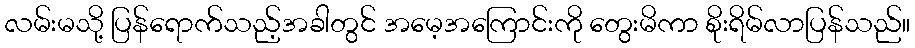
လမ်းမသို့ ပြန်ရောက်သည့်အခါတွင် အမေ့အကြောင်းကို တွေးမိကာ စိုးရိမ်လာပြန်သည်။